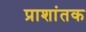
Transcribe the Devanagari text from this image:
प्राशांतक